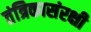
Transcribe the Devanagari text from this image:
तंत्रिकासंरक्षी